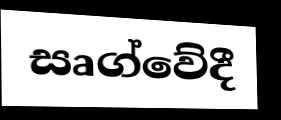
සෘග්වේදී